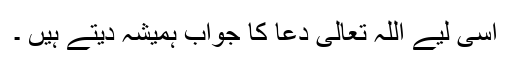
اسی لیے اللہ تعالیٰ دعا کا جواب ہمیشہ دیتے ہیں ۔